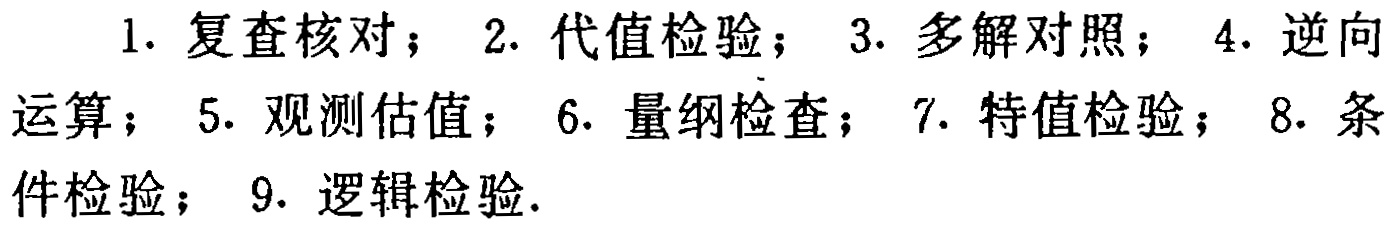
1. 复查核对； 2. 代值检验； 3. 多解对照； 4. 逆向运算； 5. 观测估值； 6. 量纲检查； 7. 特值检验； 8. 条件检验； 9. 逻辑检验.